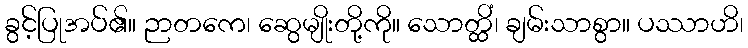
ခွင့်ပြုအပ်၏။ ဉာတကေ၊ ဆွေမျိုးတို့ကို။ သောတ္ထိံ၊ ချမ်းသာစွာ။ ပဿာဟိ၊